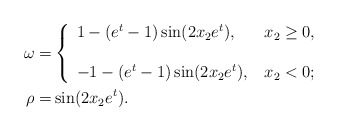
\begin{align*}\omega =& \left\{\begin{array}{ll}1- (e^t-1)\sin(2x_2 e^t), &\,x_2 \ge 0, \\ \\-1 -(e^t-1)\sin(2x_2 e^t) , & \,x_2 < 0;\end{array}\right.\\\rho =& \sin(2 x_2 e^t).\end{align*}